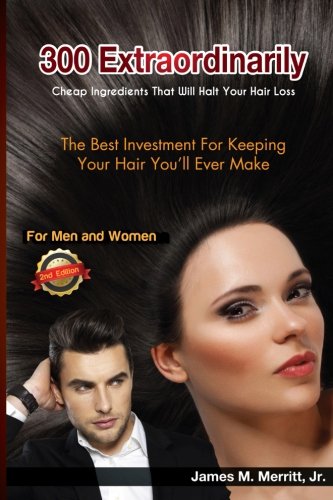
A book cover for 300 Extraordinarily Cheap Ingredients That Will Halt Your Hair Loss; James M. Merritt Jr.; Health, Fitness & Dieting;